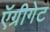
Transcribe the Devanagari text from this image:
ऍग्रीगेट